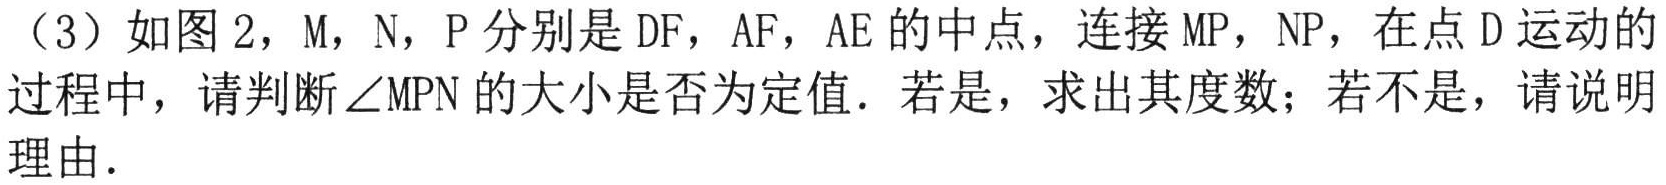
（3）如图2，\(M\)，\(N\)，\(P\)分别是\(DF\)，\(AF\)，\(AE\)的中点，连接\(MP\)，\(NP\)，在点\(D\)运动的过程中，请判断\(\angle MPN\)的大小是否为定值. 若是，求出其度数；若不是，请说明理由.